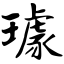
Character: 璩